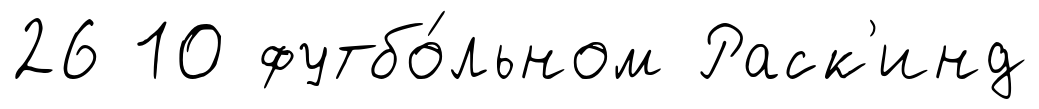
26 10 футбо́льном Раск'инд